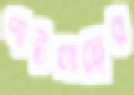
পাটগাছের